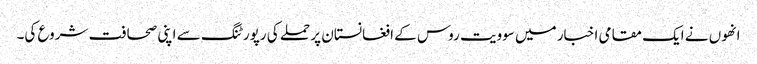
انھوں نے ایک مقامی اخبار میں سوویت روس کے افغانستان پر حملے کی رپورٹنگ سے اپنی صحافت شروع کی۔